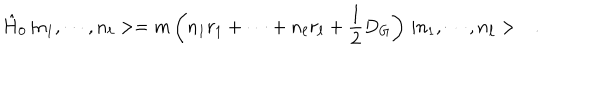
LaTeX: \hat { H } _ { 0 } \, | n _ { 1 } , \cdots , n _ { \ell } > = m \left( n _ { 1 } r _ { 1 } + \cdots + n _ { \ell } r _ { \ell } + \frac { 1 } { 2 } D _ { G } \right) \, | n _ { 1 } , \cdots , n _ { \ell } > \ \ \ .